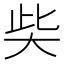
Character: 𡘌